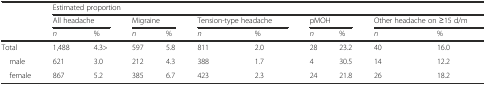
<table><thead><tr><td rowspan="2"></td><td colspan="10"><b>Estimated proportion</b></td></tr><tr><td colspan="2"><b>All headache</b></td><td colspan="2"><b>Migraine</b></td><td colspan="2"><b>Tension-type headache</b></td><td colspan="2"><b>pMOH</b></td><td colspan="2"><b>Other headache on ≥15 d/m</b></td></tr><tr><td></td><td><b><i>n</i></b></td><td><b>%</b></td><td><b><i>n</i></b></td><td><b>%</b></td><td><b><i>n</i></b></td><td><b>%</b></td><td><b><i>n</i></b></td><td><b>%</b></td><td><b><i>n</i></b></td><td><b>%</b></td></tr></thead><tbody><tr><td>Total</td><td>1,488</td><td>4.3&gt;</td><td>597</td><td>5.8</td><td>811</td><td>2.0</td><td>28</td><td>23.2</td><td>40</td><td>16.0</td></tr><tr><td> male</td><td>621</td><td>3.0</td><td>212</td><td>4.3</td><td>388</td><td>1.7</td><td>4</td><td>30.5</td><td>14</td><td>12.2</td></tr><tr><td> female</td><td>867</td><td>5.2</td><td>385</td><td>6.7</td><td>423</td><td>2.3</td><td>24</td><td>21.8</td><td>26</td><td>18.2</td></tr></tbody></table>